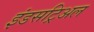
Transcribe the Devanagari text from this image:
इंडसट्रिअल